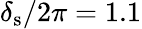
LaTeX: \delta_{\mathrm{s}}/2\pi=1.1